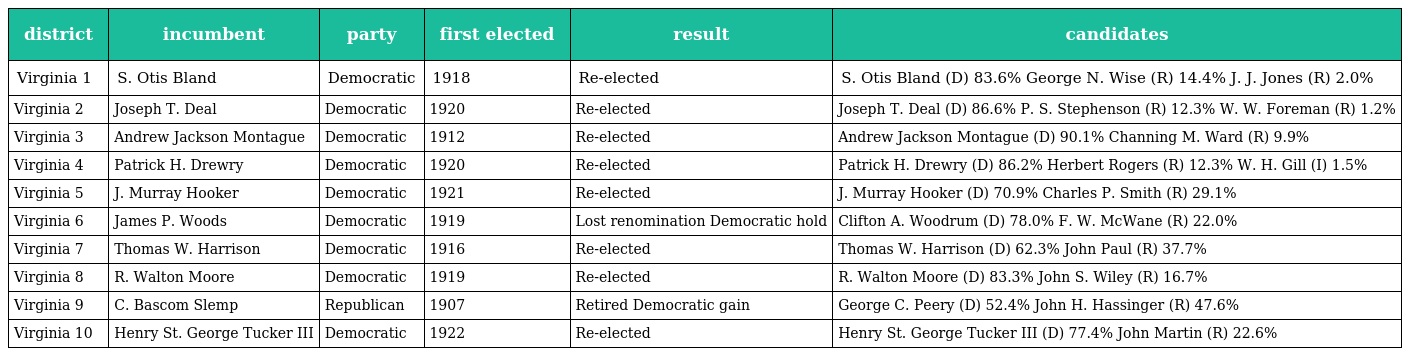
| district | incumbent | party | first elected | result | candidates |
 | --- | --- | --- | --- | --- | --- |
 | Virginia 1 | S. Otis Bland | Democratic | 1918 | Re-elected | S. Otis Bland (D) 83.6% George N. Wise (R) 14.4% J. J. Jones (R) 2.0% |
 | Virginia 2 | Joseph T. Deal | Democratic | 1920 | Re-elected | Joseph T. Deal (D) 86.6% P. S. Stephenson (R) 12.3% W. W. Foreman (R) 1.2% |
 | Virginia 3 | Andrew Jackson Montague | Democratic | 1912 | Re-elected | Andrew Jackson Montague (D) 90.1% Channing M. Ward (R) 9.9% |
 | Virginia 4 | Patrick H. Drewry | Democratic | 1920 | Re-elected | Patrick H. Drewry (D) 86.2% Herbert Rogers (R) 12.3% W. H. Gill (I) 1.5% |
 | Virginia 5 | J. Murray Hooker | Democratic | 1921 | Re-elected | J. Murray Hooker (D) 70.9% Charles P. Smith (R) 29.1% |
 | Virginia 6 | James P. Woods | Democratic | 1919 | Lost renomination Democratic hold | Clifton A. Woodrum (D) 78.0% F. W. McWane (R) 22.0% |
 | Virginia 7 | Thomas W. Harrison | Democratic | 1916 | Re-elected | Thomas W. Harrison (D) 62.3% John Paul (R) 37.7% |
 | Virginia 8 | R. Walton Moore | Democratic | 1919 | Re-elected | R. Walton Moore (D) 83.3% John S. Wiley (R) 16.7% |
 | Virginia 9 | C. Bascom Slemp | Republican | 1907 | Retired Democratic gain | George C. Peery (D) 52.4% John H. Hassinger (R) 47.6% |
 | Virginia 10 | Henry St. George Tucker III | Democratic | 1922 | Re-elected | Henry St. George Tucker III (D) 77.4% John Martin (R) 22.6% |